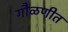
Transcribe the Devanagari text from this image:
गौळणीत